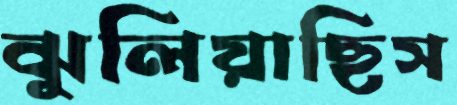
ঝুলিয়াছিস